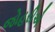
જોહરીએ